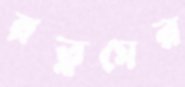
রত্নমের